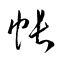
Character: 帳